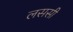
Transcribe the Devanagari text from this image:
लससी